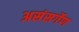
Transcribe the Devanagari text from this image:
असंसर्गेण